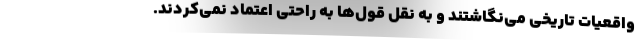
واقعیات تاریخی می‌نگاشتند و به نقل قول‌ها به راحتی اعتماد نمی‌کردند.